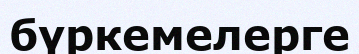
бүркемелерге